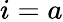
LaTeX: i=a